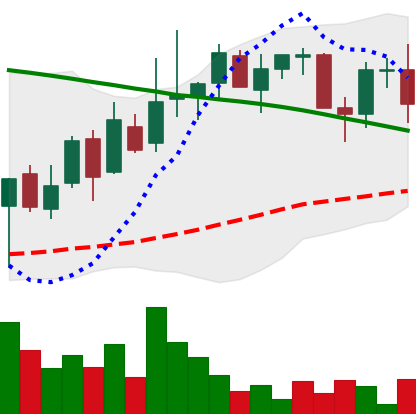
Ticker: LINK-USD
Chart end date: 2018-09-02
Forward return: -16.169%
Label: down_7plus